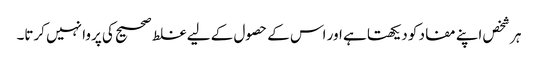
ہر شخص اپنے مفاد کو دیکھتا ہے اور اس کے حصول کے لیے غلط صحیح کی پروا نہیں کرتا۔